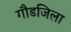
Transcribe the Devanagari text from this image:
गौडजिला